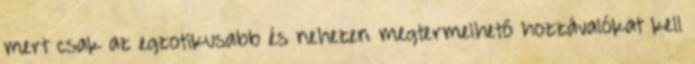
mert csak az egzotikusabb és nehezen megtermelhető hozzávalókat kell